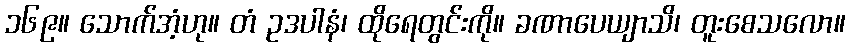
၁၆၉။ သောက်အံ့ဟု။ တံ ဥဒပါနံ၊ ထိုရေတွင်းကို။ ခဏာပေယျာသိ၊ တူးစေသလော။